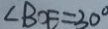
\angle B O E = 3 0 ^ { \circ }